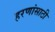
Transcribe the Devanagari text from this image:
हरणांसाठी